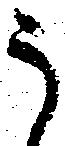
う